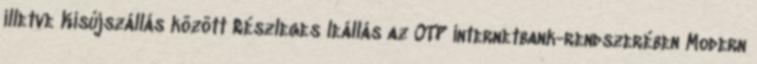
illetve Kisújszállás között Részleges leállás az OTP internetbank-rendszerében Modern